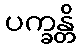
ပက္ခန္တိ